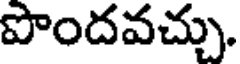
పొందవచ్చు.